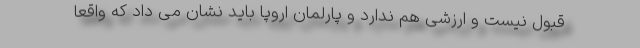
قبول نیست و ارزشی هم ندارد و پارلمان اروپا باید نشان می داد که واقعا